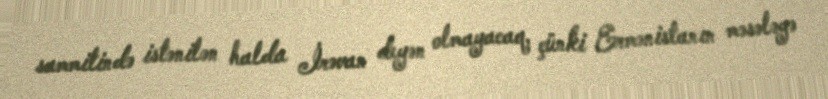
sammitində istənilən halda İrəvan deyən olmayacaq, çünki Ermənistanın məsələyə